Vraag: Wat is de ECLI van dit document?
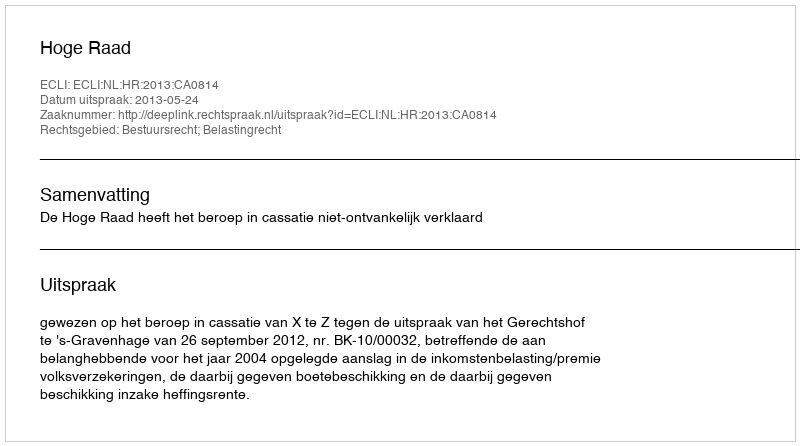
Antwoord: ECLI:NL:HR:2013:CA0814